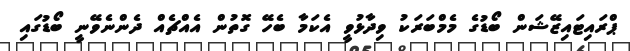
ޕްރައިޓައިޒޭޝަން ބޯޑުގެ މެމްބަރަކު ވިދާޅުވީ އެކަމާ ބެހޭ ގޮތުން އެއްޗެއް ދެންނެވޭނީ ބޯޑުގައި